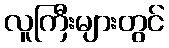
လူကြီးများတွင်